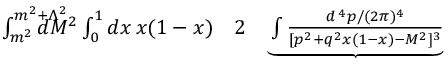
\begin{array} { r l r } { \int _ { m ^ { 2 } } ^ { m ^ { 2 } + \Lambda ^ { 2 } } \! \! \! \! \! \! \! \! \! \! d M ^ { 2 } \int _ { 0 } ^ { 1 } d x \, x ( 1 - x ) } & { { } 2 } & { \underbrace { \int { \frac { d ^ { \, 4 } p / ( 2 \pi ) ^ { 4 } } { [ p ^ { 2 } + q ^ { 2 } x ( 1 - x ) - M ^ { 2 } ] ^ { 3 } } } } } \end{array}